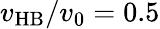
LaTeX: v_{\mathrm{HB}}/v_{0}=0.5